Lunatic asylums Central Provinces reports 1874-1885 - 1874-1885
Year: 1874
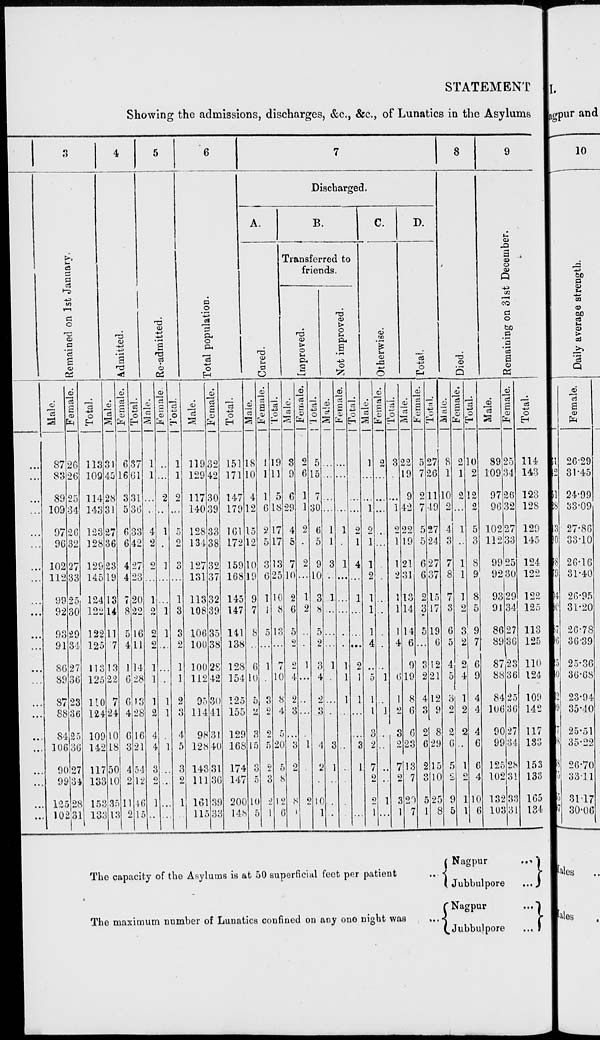
STATEMENT
Showing the admissions, discharges, &c., &c., of Lunatics in the Asylums
...
...
...
...
...
...
...
...
...
...
...
...
...
...
...
...
...
...
...
...
...
...
3
Remained on 1st January.
Male.
87
83
89
109
97
96
102
112
99
92
93
91
86
89
87
88
84
106
90
99
125
102
Female.
26
26
25
34
26
32
27
33
25
30
29
34
27
36
23
36
25
36
27
34
28
31
Total.
113
109
114
143
123
328
129
145
124
122
122
125
113
125
110
124
109
142
117
133
153
133
4
Admitted.
Male.
31
45
28
31
27
36
23
19
13
14
11
7
13
22
7
24
10
18
50
10
35
13
Female.
6
16
3
5
6
6
4
4
7
8
5
4
1
6
6
4
6
3
4
2
11
2
Total.
37
61
31
36
33
42
27
23
20
22
16
11
14
28
13
28
16
21
54
12
46
15
5
Re-admitted.
Male.
1
1
...
...
4
2
2
...
1
2
2
2
1
1
1
2
4
4
3
2
1
...
Female.
...
...
2
...
1
...
1
...
...
1
1
...
...
...
1
1
...
1
...
...
...
...
Total.
1
1
2
...
5
2
3
...
1
3
3
2
1
1
2
3
4
5
3
2
1
...
6
Total population.
Male.
119
129
117
140
128
134
127
131
113
108
106
100
100
112
95
114
98
128
143
111
161
115
Female.
32
42
30
39
33
38
32
37
32
39
35
38
28
42
30
41
31
40
31
36
39
33
Total.
151
171
147
179
161
172
159
168
145
147
141
138
128
154
125
155
129
168
174
147
200
148
7
Discharged.
A.
Cured.
Male.
18
10
4
12
15
12
10
19
9
7
8
...
6
10
5
2
3
15
3
5
10
5
Female.
1
1
1
6
2
5
3
6
1
1
5
...
1
...
3
2
2
5
2
3
2
1
Total.
19
11
5
18
17
17
13
25
10
8
13
...
7
10
8
4
5
20
5
8
12
6
B.
Transferred to
friends.
Improved.
Male.
3
9
6
29
4
5
7
10
2
6
5
2
2
4
2
3
...
3
2
...
8
1
Female.
2
6
1
1
2
...
2
...
1
2
...
...
1
...
...
...
...
1
...
...
2
...
Total.
5
15
7
30
6
5
9
10
3
8
5
2
3
4
2
3
...
4
2
...
10
1
Not improved.
Male.
...
...
...
...
1
1
3
...
1
...
...
...
1
...
...
...
...
3
1
...
...
...
Female.
...
...
...
...
1
...
1
...
...
...
...
...
1
1
1
...
...
...
...
...
...
...
Total.
...
...
...
...
2
1
4
...
1
...
...
...
2
1
1
...
...
3
1
...
...
...
C.
Otherwise.
Male.
1
...
...
1
2
1
1
2
1
1
1
4
...
5
1
1
3
2
7
2
2
1
Female.
2
...
...
...
...
...
...
...
...
...
...
...
...
1
...
1
...
...
...
...
1
...
Total.
3
...
...
1
2
1
1
2
1
1
1
4
...
6
1
2
3
2
7
2
3
1
D.
Total.
Male.
22
19
9
42
22
19
21
31
13
14
14
6
9
19
8
6
6
23
13
7
20
7
Female.
5
7
2
7
5
5
6
6
2
3
5
...
3
2
4
3
2
6
2
3
5
1
Total.
27
26
11
49
27
24
27
37
15
17
19
6
12
21
12
9
8
29
15
10
25
8
8
Died.
Male.
8
1
10
2
4
3
7
8
7
3
6
5
4
5
3
2
2
6
5
2
9
5
Female.
2
1
2
...
1
...
1
1
1
2
3
2
2
4
1
2
2
...
1
2
1
1
Total.
10
2
12
2
5
3
8
9
8
5
9
7
6
9
4
4
4
6
6
4
10
6
9
Remaining on 31st December.
Male.
89
109
97
96
102
112
99
92
93
91
86
89
87
88
84
106
90
99
125
102
132
103
Female.
25
34
26
32
27
33
25
30
29
34
27
36
23
36
25
36
27
34
28
31
33
31
Total.
114
143
123
128
129
145
124
122
122
125
113
125
110
124
109
142
117
133
153
133
165
134
The capacity of the Asylums is at 50 superficial feet per patient ...
The maximum number of Lunatics confined on any one night was
...
Nagpur
...
Jubbulpore
...
Nagpur
...
Jubbulpore
...